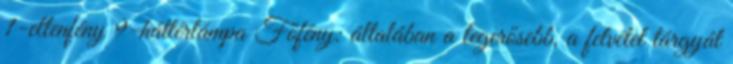
1-ellenfény 9-háttérlámpa Főfény: általában a legerősebb, a felvétel tárgyát